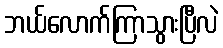
ဘယ်လောက်ကြာသွားပြီလဲ